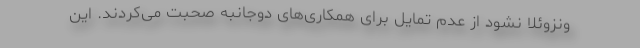
ونزوئلا نشود از عدم تمایل برای همکاری‌های دوجانبه صحبت می‌کردند. این